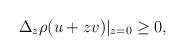
LaTeX: \begin{align*}\Delta_z \rho(u+z v)|_{z = 0} \geq 0,\end{align*}